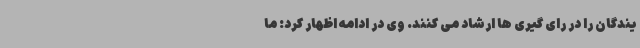
یندگان را در رای گیری ها ارشاد می کنند. وی در ادامه اظهار کرد: ما